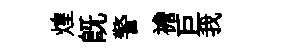
煌旣警襜巨我